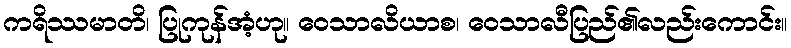
ကရိဿမာတိ၊ ပြုကုန်အံ့ဟု။ ဝေသာလိယာစ၊ ဝေသာလီပြည်၏လည်းကောင်း။